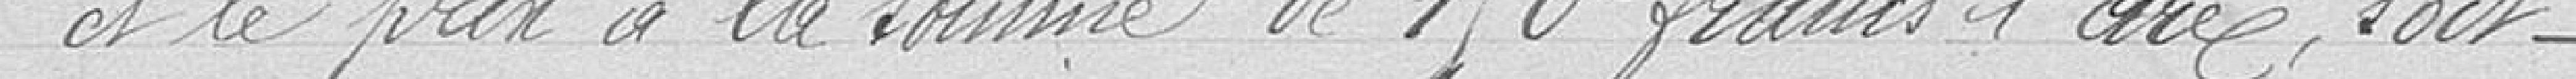
et le prix à la somme de 150 francs l'are, soit